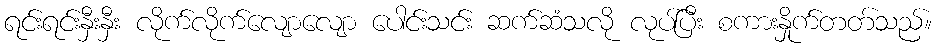
ရင်းရင်းနှီးနှီး လိုက်လိုက်လျောလျော ပေါင်းသင်း ဆက်ဆံသလို လုပ်ပြီး စကားနှိုက်တတ်သည်။